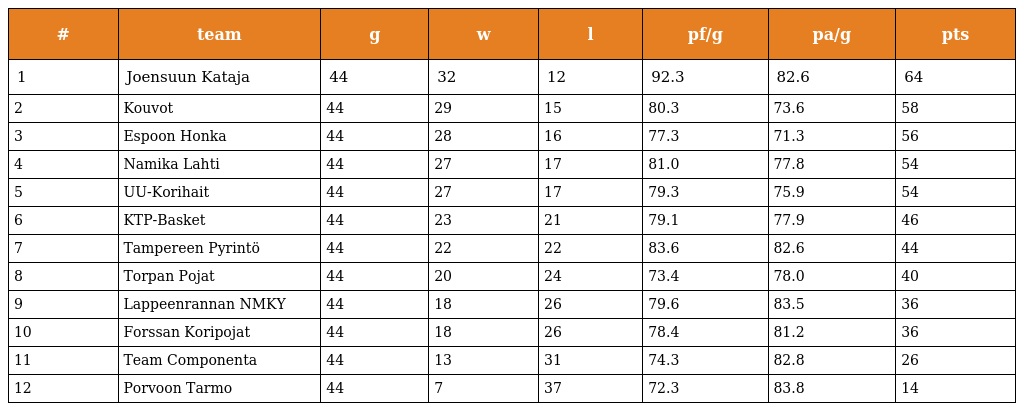
| # | team | g | w | l | pf/g | pa/g | pts |
 | --- | --- | --- | --- | --- | --- | --- | --- |
 | 1 | Joensuun Kataja | 44 | 32 | 12 | 92.3 | 82.6 | 64 |
 | 2 | Kouvot | 44 | 29 | 15 | 80.3 | 73.6 | 58 |
 | 3 | Espoon Honka | 44 | 28 | 16 | 77.3 | 71.3 | 56 |
 | 4 | Namika Lahti | 44 | 27 | 17 | 81.0 | 77.8 | 54 |
 | 5 | UU-Korihait | 44 | 27 | 17 | 79.3 | 75.9 | 54 |
 | 6 | KTP-Basket | 44 | 23 | 21 | 79.1 | 77.9 | 46 |
 | 7 | Tampereen Pyrintö | 44 | 22 | 22 | 83.6 | 82.6 | 44 |
 | 8 | Torpan Pojat | 44 | 20 | 24 | 73.4 | 78.0 | 40 |
 | 9 | Lappeenrannan NMKY | 44 | 18 | 26 | 79.6 | 83.5 | 36 |
 | 10 | Forssan Koripojat | 44 | 18 | 26 | 78.4 | 81.2 | 36 |
 | 11 | Team Componenta | 44 | 13 | 31 | 74.3 | 82.8 | 26 |
 | 12 | Porvoon Tarmo | 44 | 7 | 37 | 72.3 | 83.8 | 14 |